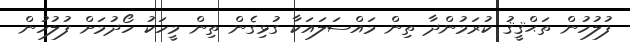
ފުލުހުން ތަޙްޤީޤު ކުރަމުންދާ ތިން މައްސަލައަކާ ގުޅިގެން ތިން މީހަކު ހޯދުމަށް ފުލުހުން